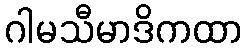
ဂါမသီမာဒိကထာ